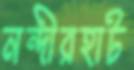
নন্দীরহাট